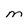
Character: m